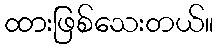
ထားဖြစ်သေးတယ်။